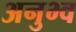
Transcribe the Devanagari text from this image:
अनुभ्व